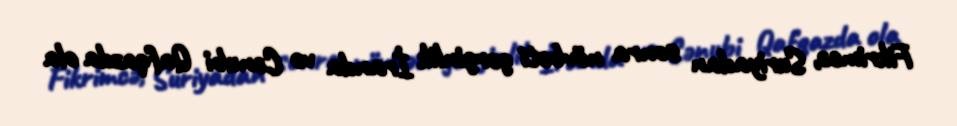
Fikrimcə, Suriyadan sonra növbəti gərginlik İranda və Cənubi Qafqazda ola